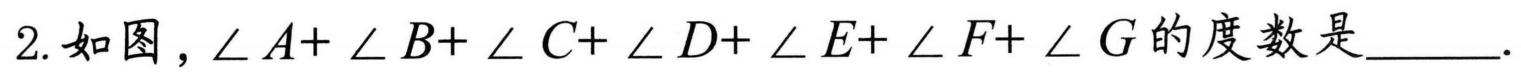
2.如图，\(\angle A+\angle B+\angle C+\angle D+\angle E+\angle F+\angle G\)的度数是______.